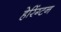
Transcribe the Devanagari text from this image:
हेरिंग्टन